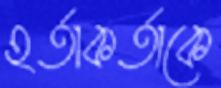
হর্তাকর্তাকে